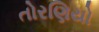
તોરણિયો